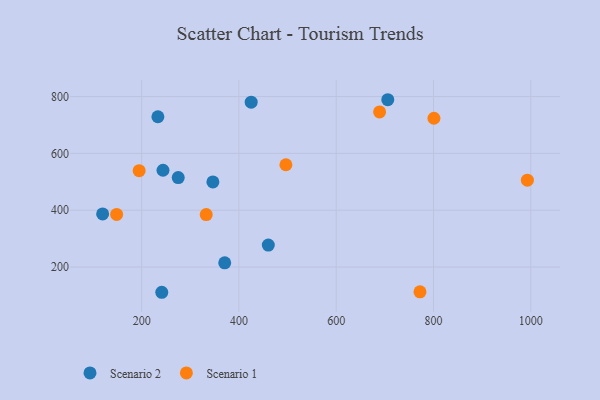
{"axis": {"x": "Price", "y": "Exam Score"}, "legend": ["Scenario 1", "Scenario 2"], "data": [{"x": "370.8", "y": 215.0, "type": "Scenario 2"}, {"x": "119.8", "y": 386.8, "type": "Scenario 2"}, {"x": "346.5", "y": 499.5, "type": "Scenario 2"}, {"x": "460.4", "y": 277.5, "type": "Scenario 2"}, {"x": "425.2", "y": 780.2, "type": "Scenario 2"}, {"x": "275.2", "y": 514.9, "type": "Scenario 2"}, {"x": "241.4", "y": 111.2, "type": "Scenario 2"}, {"x": "706.0", "y": 788.9, "type": "Scenario 2"}, {"x": "233.4", "y": 729.0, "type": "Scenario 2"}, {"x": "243.9", "y": 540.7, "type": "Scenario 2"}, {"x": "993.0", "y": 505.8, "type": "Scenario 1"}, {"x": "496.6", "y": 560.0, "type": "Scenario 1"}, {"x": "332.8", "y": 384.5, "type": "Scenario 1"}, {"x": "689.2", "y": 746.1, "type": "Scenario 1"}, {"x": "148.6", "y": 385.3, "type": "Scenario 1"}, {"x": "800.9", "y": 723.7, "type": "Scenario 1"}, {"x": "772.2", "y": 112.8, "type": "Scenario 1"}, {"x": "194.9", "y": 539.2, "type": "Scenario 1"}]}